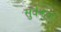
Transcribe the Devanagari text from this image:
सुवेझचा